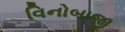
વિનોબાજી